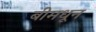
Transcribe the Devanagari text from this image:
बीमधून